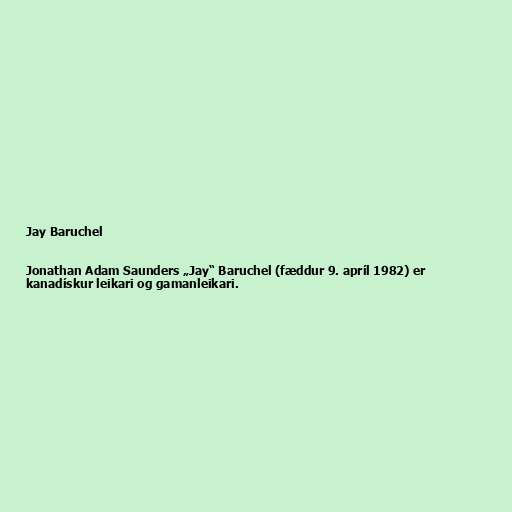
Jay Baruchel

Jonathan Adam Saunders „Jay“ Baruchel (fæddur 9. apríl 1982) er
kanadískur leikari og gamanleikari.